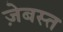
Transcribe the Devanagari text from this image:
ज़ेबस्त